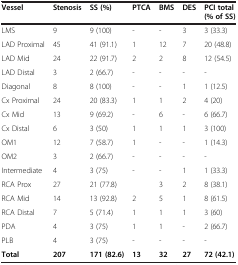
<table><thead><tr><td><b>Vessel</b></td><td><b>Stenosis</b></td><td><b>SS (%)</b></td><td><b>PTCA</b></td><td><b>BMS</b></td><td><b>DES</b></td><td><b>PCI total (% of SS)</b></td></tr></thead><tbody><tr><td>LMS</td><td>9</td><td>9 (100)</td><td>-</td><td>-</td><td>3</td><td>3 (33.3)</td></tr><tr><td>LAD Proximal</td><td>45</td><td>41 (91.1)</td><td>1</td><td>12</td><td>7</td><td>20 (48.8)</td></tr><tr><td>LAD Mid</td><td>24</td><td>22 (91.7)</td><td>2</td><td>2</td><td>8</td><td>12 (54.5)</td></tr><tr><td>LAD Distal</td><td>3</td><td>2 (66.7)</td><td>-</td><td>-</td><td>-</td><td>-</td></tr><tr><td>Diagonal</td><td>8</td><td>8 (100)</td><td>-</td><td>-</td><td>1</td><td>1 (12.5)</td></tr><tr><td>Cx Proximal</td><td>24</td><td>20 (83.3)</td><td>1</td><td>1</td><td>2</td><td>4 (20)</td></tr><tr><td>Cx Mid</td><td>13</td><td>9 (69.2)</td><td>-</td><td>6</td><td>-</td><td>6 (66.7)</td></tr><tr><td>Cx Distal</td><td>6</td><td>3 (50)</td><td>1</td><td>1</td><td>1</td><td>3 (100)</td></tr><tr><td>OM1</td><td>12</td><td>7 (58.7)</td><td>1</td><td>-</td><td>-</td><td>1 (14.3)</td></tr><tr><td>OM2</td><td>3</td><td>2 (66.7)</td><td>-</td><td>-</td><td>-</td><td>-</td></tr><tr><td>Intermediate</td><td>4</td><td>3 (75)</td><td>-</td><td>-</td><td>1</td><td>1 (33.3)</td></tr><tr><td>RCA Prox</td><td>27</td><td>21 (77.8)</td><td> </td><td>3</td><td>2</td><td>8 (38.1)</td></tr><tr><td>RCA Mid</td><td>14</td><td>13 (92.8)</td><td>2</td><td>5</td><td>1</td><td>8 (61.5)</td></tr><tr><td>RCA Distal</td><td>7</td><td>5 (71.4)</td><td>1</td><td>1</td><td>1</td><td>3 (60)</td></tr><tr><td>PDA</td><td>4</td><td>3 (75)</td><td>1</td><td>1</td><td>-</td><td>2 (66.7)</td></tr><tr><td>PLB</td><td>4</td><td>3 (75)</td><td>-</td><td>-</td><td>-</td><td>-</td></tr><tr><td><b>Total</b></td><td><b>207</b></td><td><b>171 (82.6)</b></td><td><b>13</b></td><td><b>32</b></td><td><b>27</b></td><td><b>72 (42.1)</b></td></tr></tbody></table>